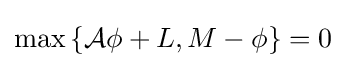
\max \left\{{\mathcal {A}}\phi +L,M-\phi \right\}=0